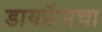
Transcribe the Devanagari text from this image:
डायफ्रॅमचा